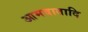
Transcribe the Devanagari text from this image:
आमवातादि